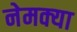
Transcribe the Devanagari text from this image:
नेमक्‍या